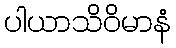
ပါယာသိဝိမာနံ